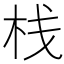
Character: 栈